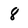
Character: 8